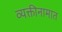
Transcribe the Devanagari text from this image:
व्यक्तीनामात